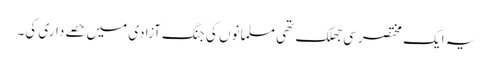
یہ ایک مختصر سی جھلک تھی مسلمانوں کی جنگ آزادی میں حصے داری کی۔